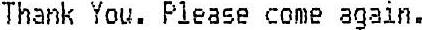
THANK YOU. PLEASE COME AGAIN.